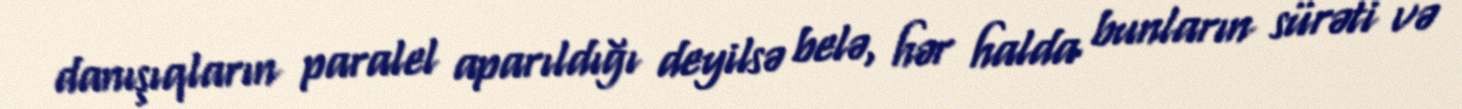
danışıqların paralel aparıldığı deyilsə belə, hər halda bunların sürəti və